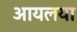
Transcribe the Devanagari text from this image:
आयलया